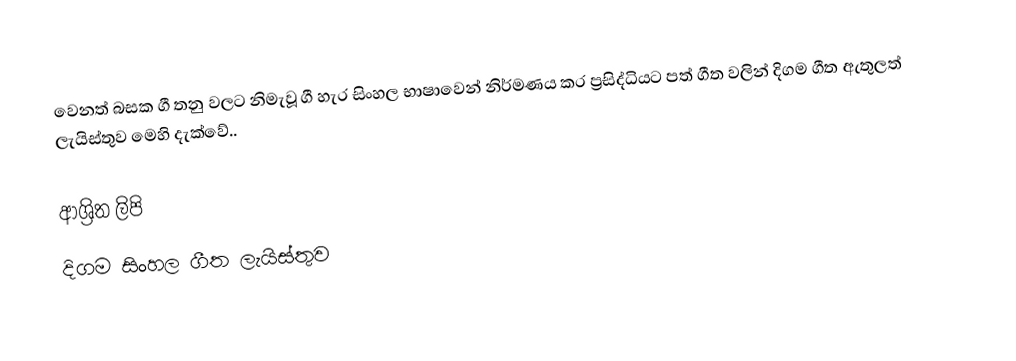
වෙනත් බසක ගී තනු වලට නිමැවූ ගී හැර සිංහල භාෂාවෙන් නිර්මණය කර ප්‍රසිද්ධියට පත් ගීත වලින් දිගම ගීත ඇතුලත් ලැයිස්තුව මෙහි දැක්වේ..

ආශ්‍රිත ලිපි
 දිගම සිංහල ගීත ලැයිස්තුව